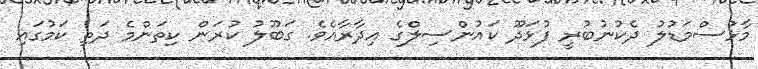
މާޅުސްމަޑުލު ދެކުނުބުރީ ފުޅަދޫ ކައުންސިލްގެ އިދާރާއެވެ. ގަބޫލު ކުރަން ކިތަންމެ ދަތި ކަމުގައި